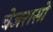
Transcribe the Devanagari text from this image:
चेजरासो